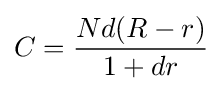
C={\frac {Nd(R-r)}{1+dr}}